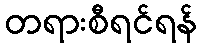
တရားစီရင်ရန်